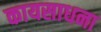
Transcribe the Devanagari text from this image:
कायसाधना